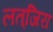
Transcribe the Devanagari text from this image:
लत्‌जिरा